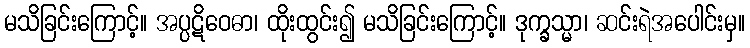
မသိခြင်းကြောင့်။ အပ္ပဋိဝေဓာ၊ ထိုးထွင်း၍ မသိခြင်းကြောင့်။ ဒုက္ခသ္မာ၊ ဆင်းရဲအပေါင်းမှ။